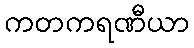
ကတကရဏီယာ